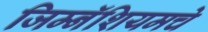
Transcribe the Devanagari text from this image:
जिम्नॅशियमचे